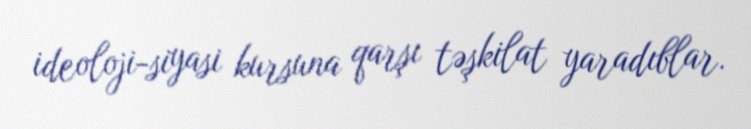
ideoloji-siyasi kursuna qarşı təşkilat yaradıblar.